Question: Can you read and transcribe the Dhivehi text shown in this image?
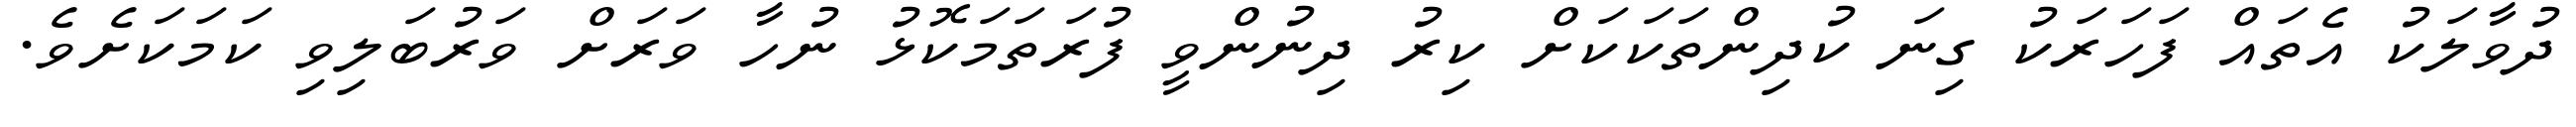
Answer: ދުވާލަކު އެތައް ފަހަރަކު ގިނަ ކުދިންތަކަކަށް ކިރު ދިނުންވީ ފުރަތަމަކޮޅު ނުހާ ވަރަށް ވަރުބަލިވި ކަމަކަށެވެ.